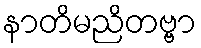
နာတိမညိတဗ္ဗာ